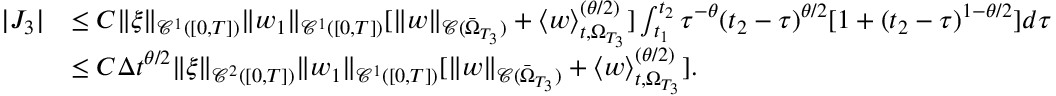
\begin{array} { r l } { | J _ { 3 } | } & { \leq C \| \xi \| _ { \mathcal { C } ^ { 1 } ( [ 0 , T ] ) } \| w _ { 1 } \| _ { \mathcal { C } ^ { 1 } ( [ 0 , T ] ) } [ \| w \| _ { \mathcal { C } ( \bar { \Omega } _ { T _ { 3 } } ) } + \langle w \rangle _ { t , \Omega _ { T _ { 3 } } } ^ { ( \theta / 2 ) } ] \int _ { t _ { 1 } } ^ { t _ { 2 } } \tau ^ { - \theta } ( t _ { 2 } - \tau ) ^ { \theta / 2 } [ 1 + ( t _ { 2 } - \tau ) ^ { 1 - \theta / 2 } ] d \tau } \\ & { \leq C \Delta t ^ { \theta / 2 } \| \xi \| _ { \mathcal { C } ^ { 2 } ( [ 0 , T ] ) } \| w _ { 1 } \| _ { \mathcal { C } ^ { 1 } ( [ 0 , T ] ) } [ \| w \| _ { \mathcal { C } ( \bar { \Omega } _ { T _ { 3 } } ) } + \langle w \rangle _ { t , \Omega _ { T _ { 3 } } } ^ { ( \theta / 2 ) } ] . } \end{array}